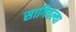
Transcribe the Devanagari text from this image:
सागितल्या